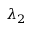
\lambda _ { 2 }